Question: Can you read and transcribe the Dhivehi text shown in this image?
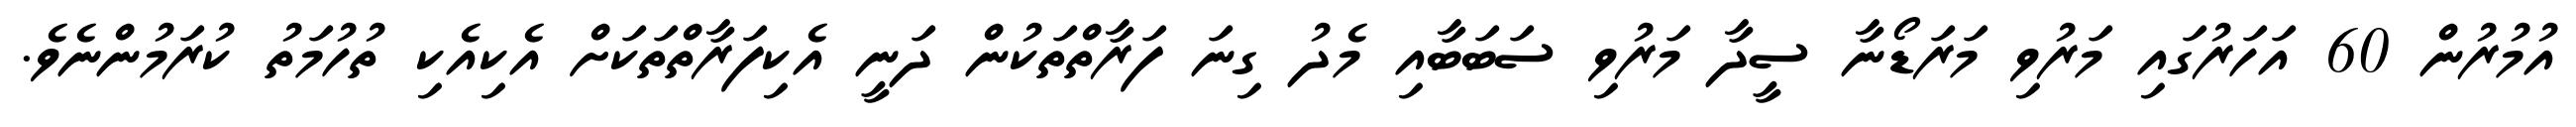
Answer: އުމުރުން 60 އަހަރުގައި މަރުވި މަރަޑޯނާ ސީދާ މަރުވި ސަބަބާއި މެދު ގިނަ ފަރާތްތަކުން ދަނީ އެކިފަރާތްތަކަށް އެކިއެކި ތުހުމަތު ކުރަމުންނެވެ.